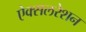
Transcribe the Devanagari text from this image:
ऐक्सलरेशन